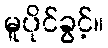
မူပိုင်ခွင့်။